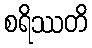
စရိဿတိ